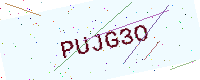
Text: PUJG3O